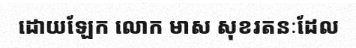
ដោយឡែក លោក មាស សុខរតនៈដែល